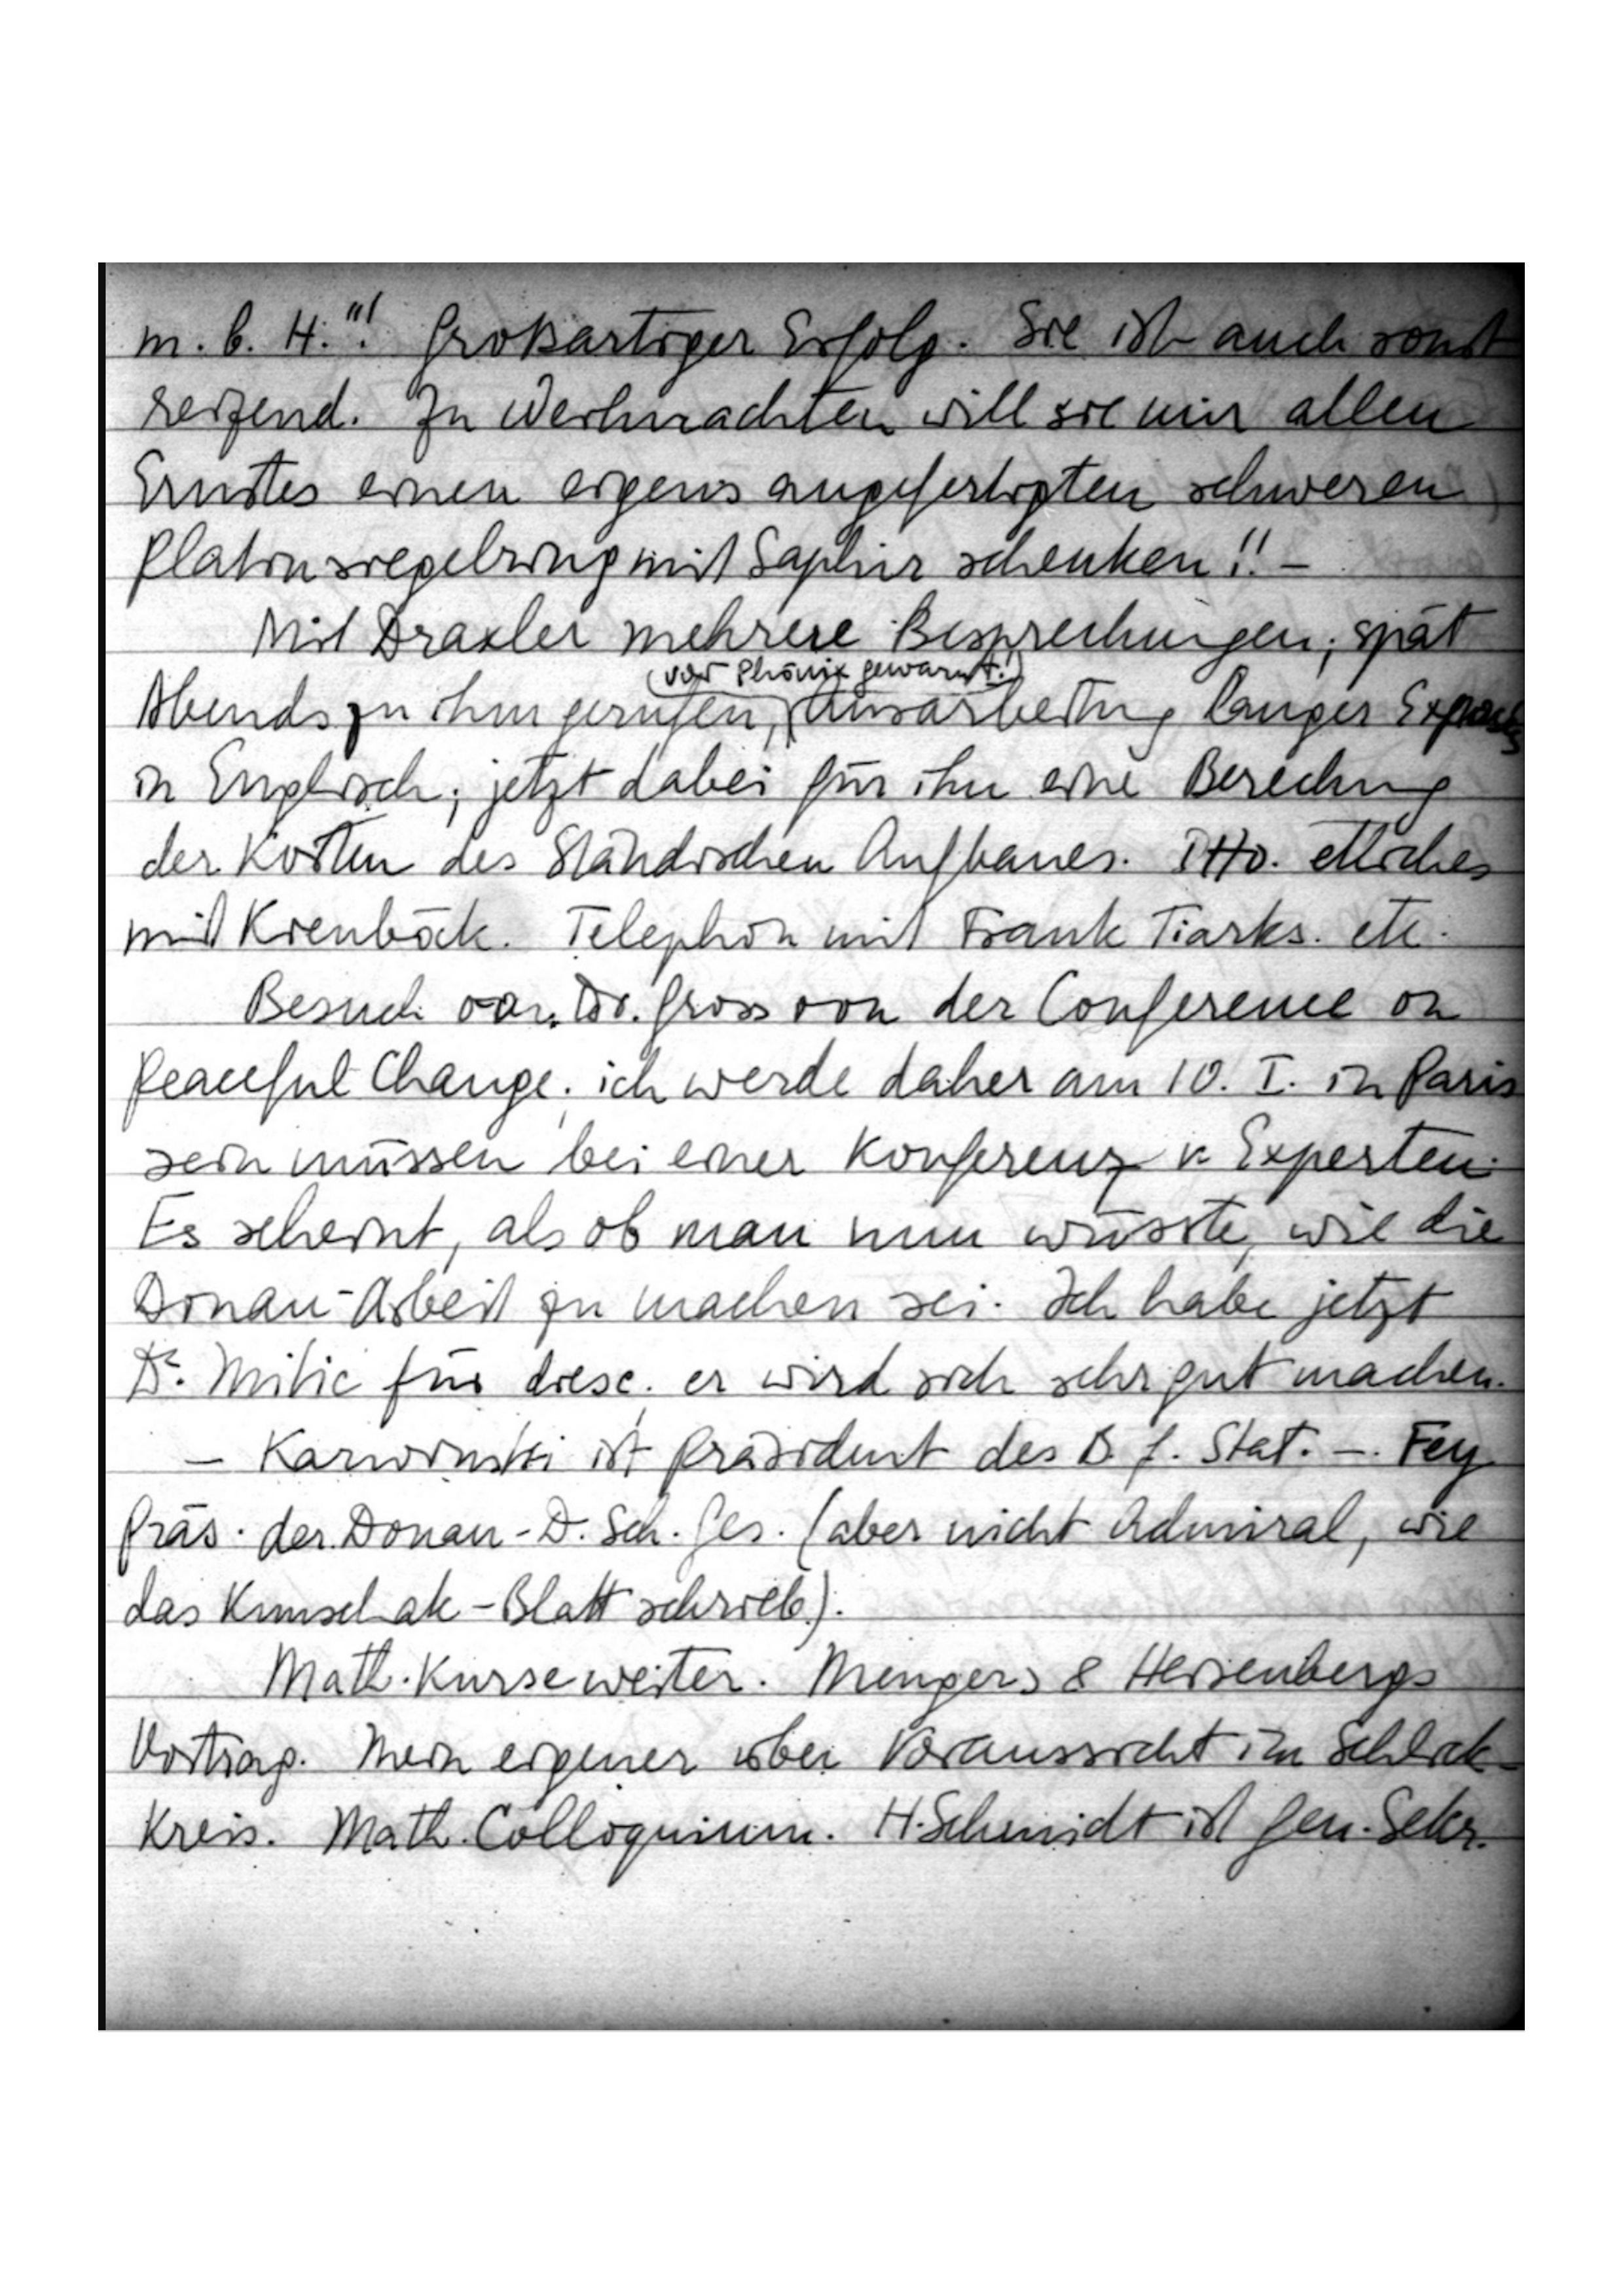
m.b.H.“! Großartiger Erfolg. Sie ist auch sonst
reizend. Zu Weihnachten will sie mir allen
Ernstes einen eigens angefertigten schweren
Platinsiegelring mit Saphier schenken!! –
Mit Draxler mehrere Besprechungen; spät

vor Phönix gew
Abends, zu ihm gerufen,  Ausarbeitung langer Exposés
in Englisch; jetzt dabei für ihn eine Berechnung
der Kosten des Ständischen Aufbaues. … etliches
mit Kienböck: Telephon mit Frank Tiarks etc.
Besuch von Dr. Gross von der Conference on
peaceful Change; ich werde daher am 10. I. in Paris
sein müssen bei einer Konferenz v. Experten.
Es scheint, als ob man nun wüsste, wie die
Donau-Arbeit zu machen sei. Ich habe jetzt
Dr. Mitic für diese; er wird sich sehr gut machen.
– Karwinski ist Präsident des B. f. Stat. – Fey
Präs. der Donau-D.Sch.Ges. (aber nicht Admiral, wie
das Kunschak-Blatt schrieb).
Math. Kurse weiter. Mengers & Heisenbergs
Vortrag. Mein eigener über Voraussicht im Schlick-
Kreis. Math. Colloquium. H. Schmidt ist Gen. Sekr.